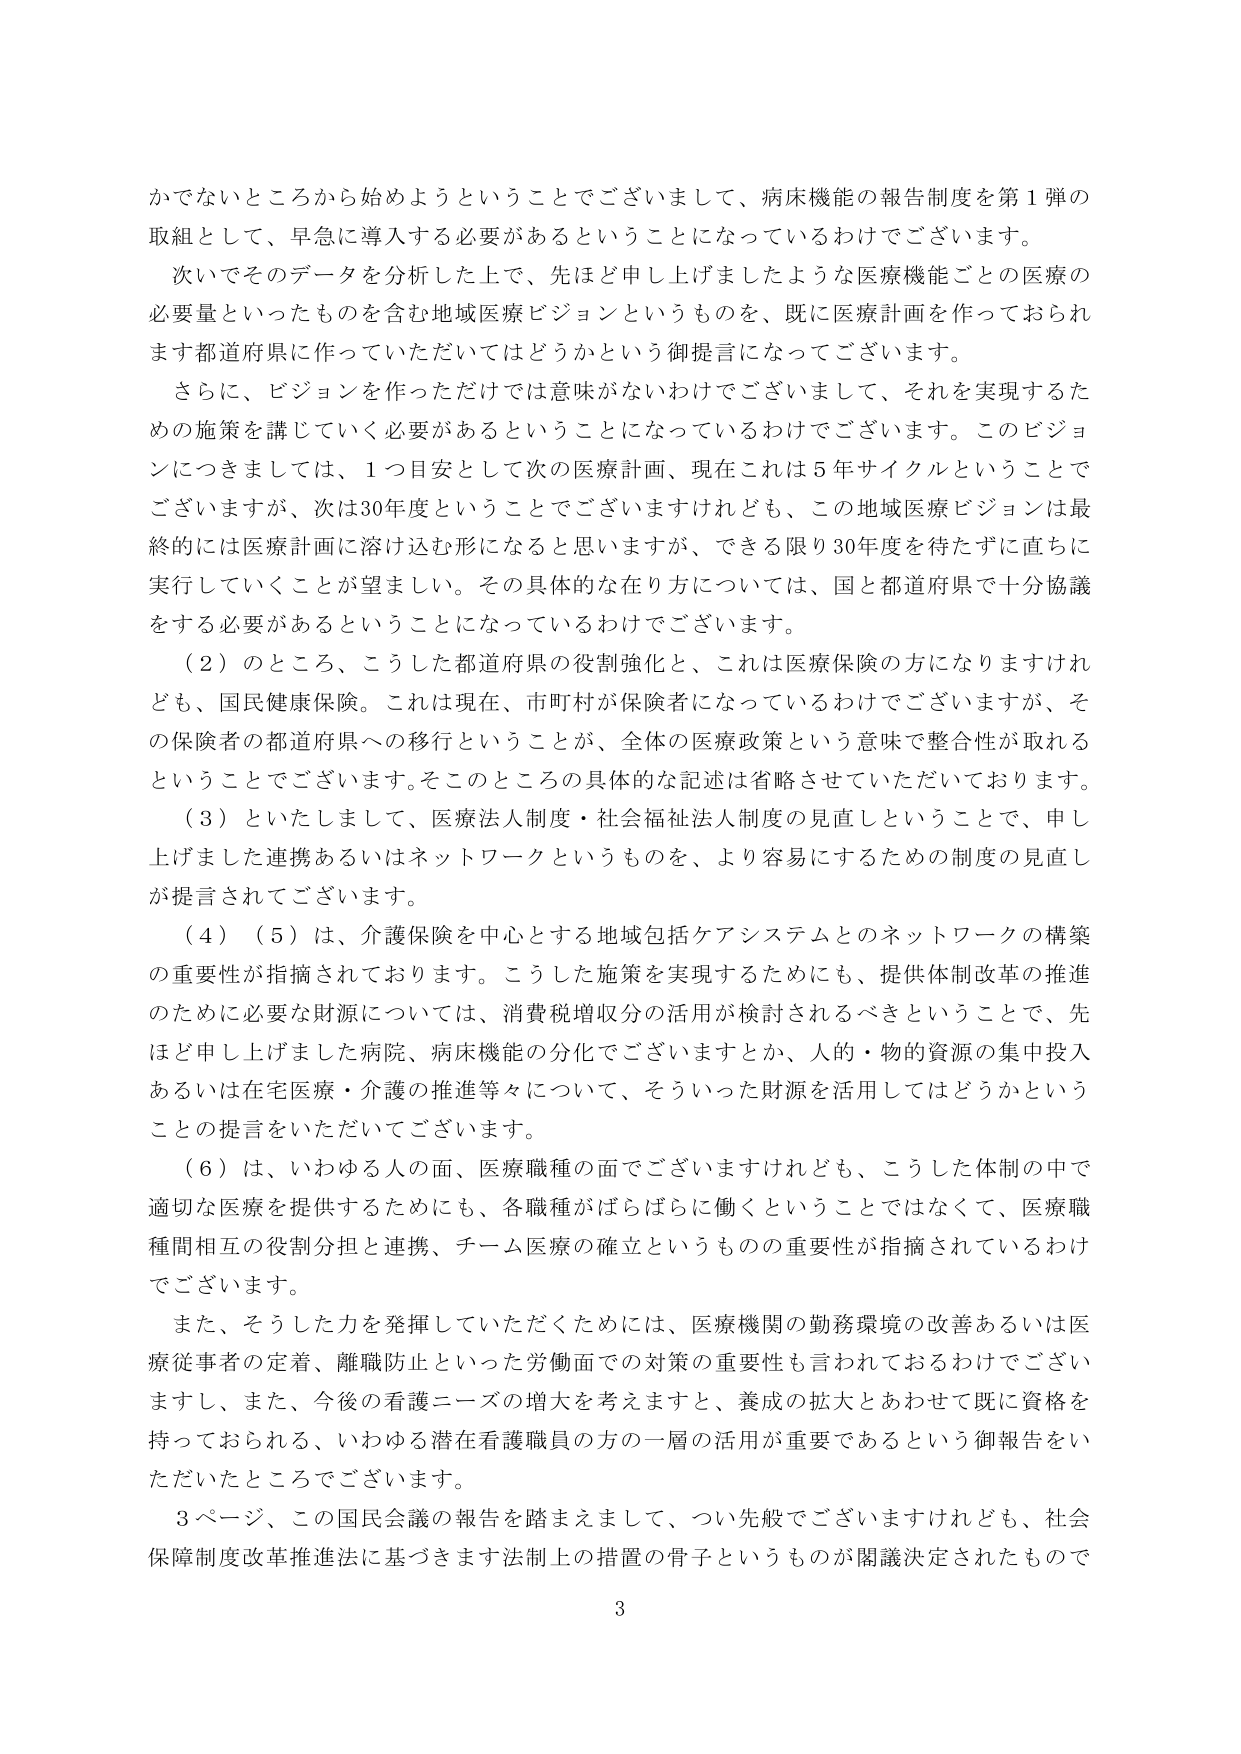
かでないところから始めようということでございまして、病床機能の報告制度を第１弾の取組として、早急に導入する必要があるということになっているわけでございます。

次いでそのデータを分析した上で、先ほど申し上げましたような医療機能ごとの医療の必要量といったものを含む地域医療ビジョンというものを、既に医療計画を作っておられます都道府県に作っていただいてはどうかという御提言になってございます。

さらに、ビジョンを作っただけでは意味がないわけでございまして、それを実現するための施策を講じていく必要があるということになっているわけでございます。このビジョンにつきましては、１つ目安として次の医療計画、現在これは５年サイクルということでございますが、次は30年度ということでございますけれども、この地域医療ビジョンは最終的には医療計画に溶け込む形になると思いますが、できる限り30年度を待たずに直ちに実行していくことが望ましい。その具体的な在り方については、国と都道府県で十分協議をする必要があるということになっているわけでございます。

（２）のところ、こうした都道府県の役割強化と、これは医療保険の方になりますけれども、国民健康保険。これは現在、市町村が保険者になっているわけでございますが、その保険者の都道府県への移行ということが、全体の医療政策という意味で整合性が取れるということでございます。そこのところの具体的な記述は省略させていただいております。

（３）といたしまして、医療法人制度・社会福祉法人制度の見直しということで、申し上げました連携あるいはネットワークというものを、より容易にするための制度の見直しが提言されてございます。

（４）（５）は、介護保険を中心とする地域包括ケアシステムとのネットワークの構築の重要性が指摘されております。こうした施策を実現するためにも、提供体制改革の推進のために必要な財源については、消費税増収分の活用が検討されるべきということで、先ほど申し上げました病院、病床機能の分化でございますとか、人的・物的資源の集中投入あるいは在宅医療・介護の推進等々について、そういった財源を活用してはどうかということの提言をいただいてございます。

（６）は、いわゆる人の面、医療職種の面でございますけれども、こうした体制の中で適切な医療を提供するためにも、各職種がばらばらに働くということではなくて、医療職種間相互の役割分担と連携、チーム医療の確立というものの重要性が指摘されているわけでございます。

また、そうした力を発揮していただくためには、医療機関の勤務環境の改善あるいは医療従事者の定着、離職防止といった労働面での対策の重要性も言われておるわけでございますし、また、今後の看護ニーズの増大を考えますと、養成の拡大とあわせて既に資格を持っておられる、いわゆる潜在看護職員の方の一層の活用が重要であるという御報告をいただいたところでございます。

３ページ、この国民会議の報告を踏まえまして、つい先般でございますけれども、社会保障制度改革推進法に基づきます法制上の措置の骨子というものが閣議決定されたもので

3